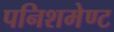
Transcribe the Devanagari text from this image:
पनिशमेण्ट